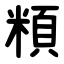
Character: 頪